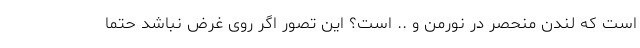
است که لندن منحصر در نورمن و .. است؟ این تصور اگر روی غرض نباشد حتما